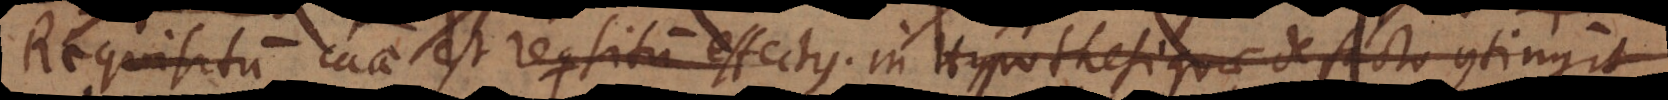
Requisitum causae est requisitum effectus in Hypothesi quae de f